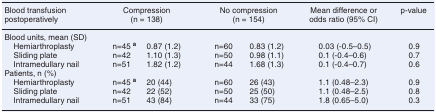
<table><thead><tr><td><b>Blood transfusion postoperatively</b></td><td colspan="2"><b>Compression (n = 138)</b></td><td colspan="2"><b>No compression (n = 154)</b></td><td><b>Mean difference or odds ratio (95% CI)</b></td><td><b>p-value</b></td></tr></thead><tbody><tr><td>Blood units, mean (SD)</td><td></td><td></td><td></td><td></td><td></td><td></td></tr><tr><td>Hemiarthroplasty</td><td>n=45 <b><sup>a</sup></b></td><td>0.87 (1.2)</td><td>n=60</td><td>0.83 (1.2)</td><td>0.03 (-0.5–0.5)</td><td>0.9</td></tr><tr><td>Sliding plate</td><td>n=42</td><td>1.10 (1.3)</td><td>n=50</td><td>0.98 (1.1)</td><td>0.1 (-0.4–0.6)</td><td>0.7</td></tr><tr><td>Intramedullary nail</td><td>n=51</td><td>1.82 (1.2)</td><td>n=44</td><td>1.68 (1.3)</td><td>0.1 (-0.4–0.7)</td><td>0.6</td></tr><tr><td>Patients, n (%)</td><td></td><td></td><td></td><td></td><td></td><td></td></tr><tr><td>Hemiarthroplasty </td><td>n=45 <b><sup>a</sup></b></td><td>20 (44)</td><td>n=60</td><td>26 (43)</td><td>1.1 (0.48–2.3)</td><td>0.9</td></tr><tr><td>Sliding plate</td><td>n=42</td><td>22 (52)</td><td>n=50</td><td>25 (50)</td><td>1.1 (0.48–2.5)</td><td>0.8</td></tr><tr><td>Intramedullary nail</td><td>n=51</td><td>43 (84)</td><td>n=44</td><td>33 (75)</td><td>1.8 (0.65–5.0)</td><td>0.3</td></tr></tbody></table>